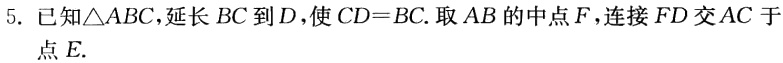
5. 已知\(\triangle ABC\)，延长 \(BC\) 到 \(D\)，使 \(CD = BC\). 取 \(AB\) 的中点 \(F\)，连接 \(FD\) 交 \(AC\) 于